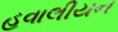
હવાલીયન